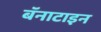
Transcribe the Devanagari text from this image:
बॅनाटाइन